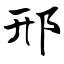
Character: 邢